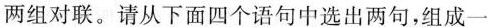
两组对联。请从下面四个语句中选出两句，组成一